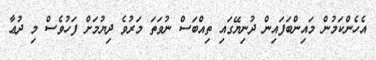
އެހެންކަމުން މައިންބަފައިން ދުނިޔޭގައި ތިއްބަސް ނުވަތަ މަރުވެ ދިޔުމަށް ފަހުވެސް މި ދުޢާ